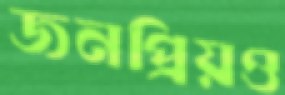
জনপ্রিয়ও